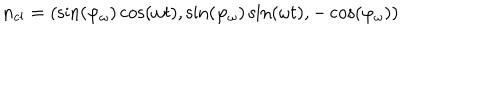
LaTeX: { \bf n } _ { \mathrm { c l } } = ( \sin ( \varphi _ { \omega } ) \cos ( \omega t ) , \sin ( \varphi _ { \omega } ) \sin ( \omega t ) , - \cos ( \varphi _ { \omega } ) )